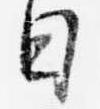
日